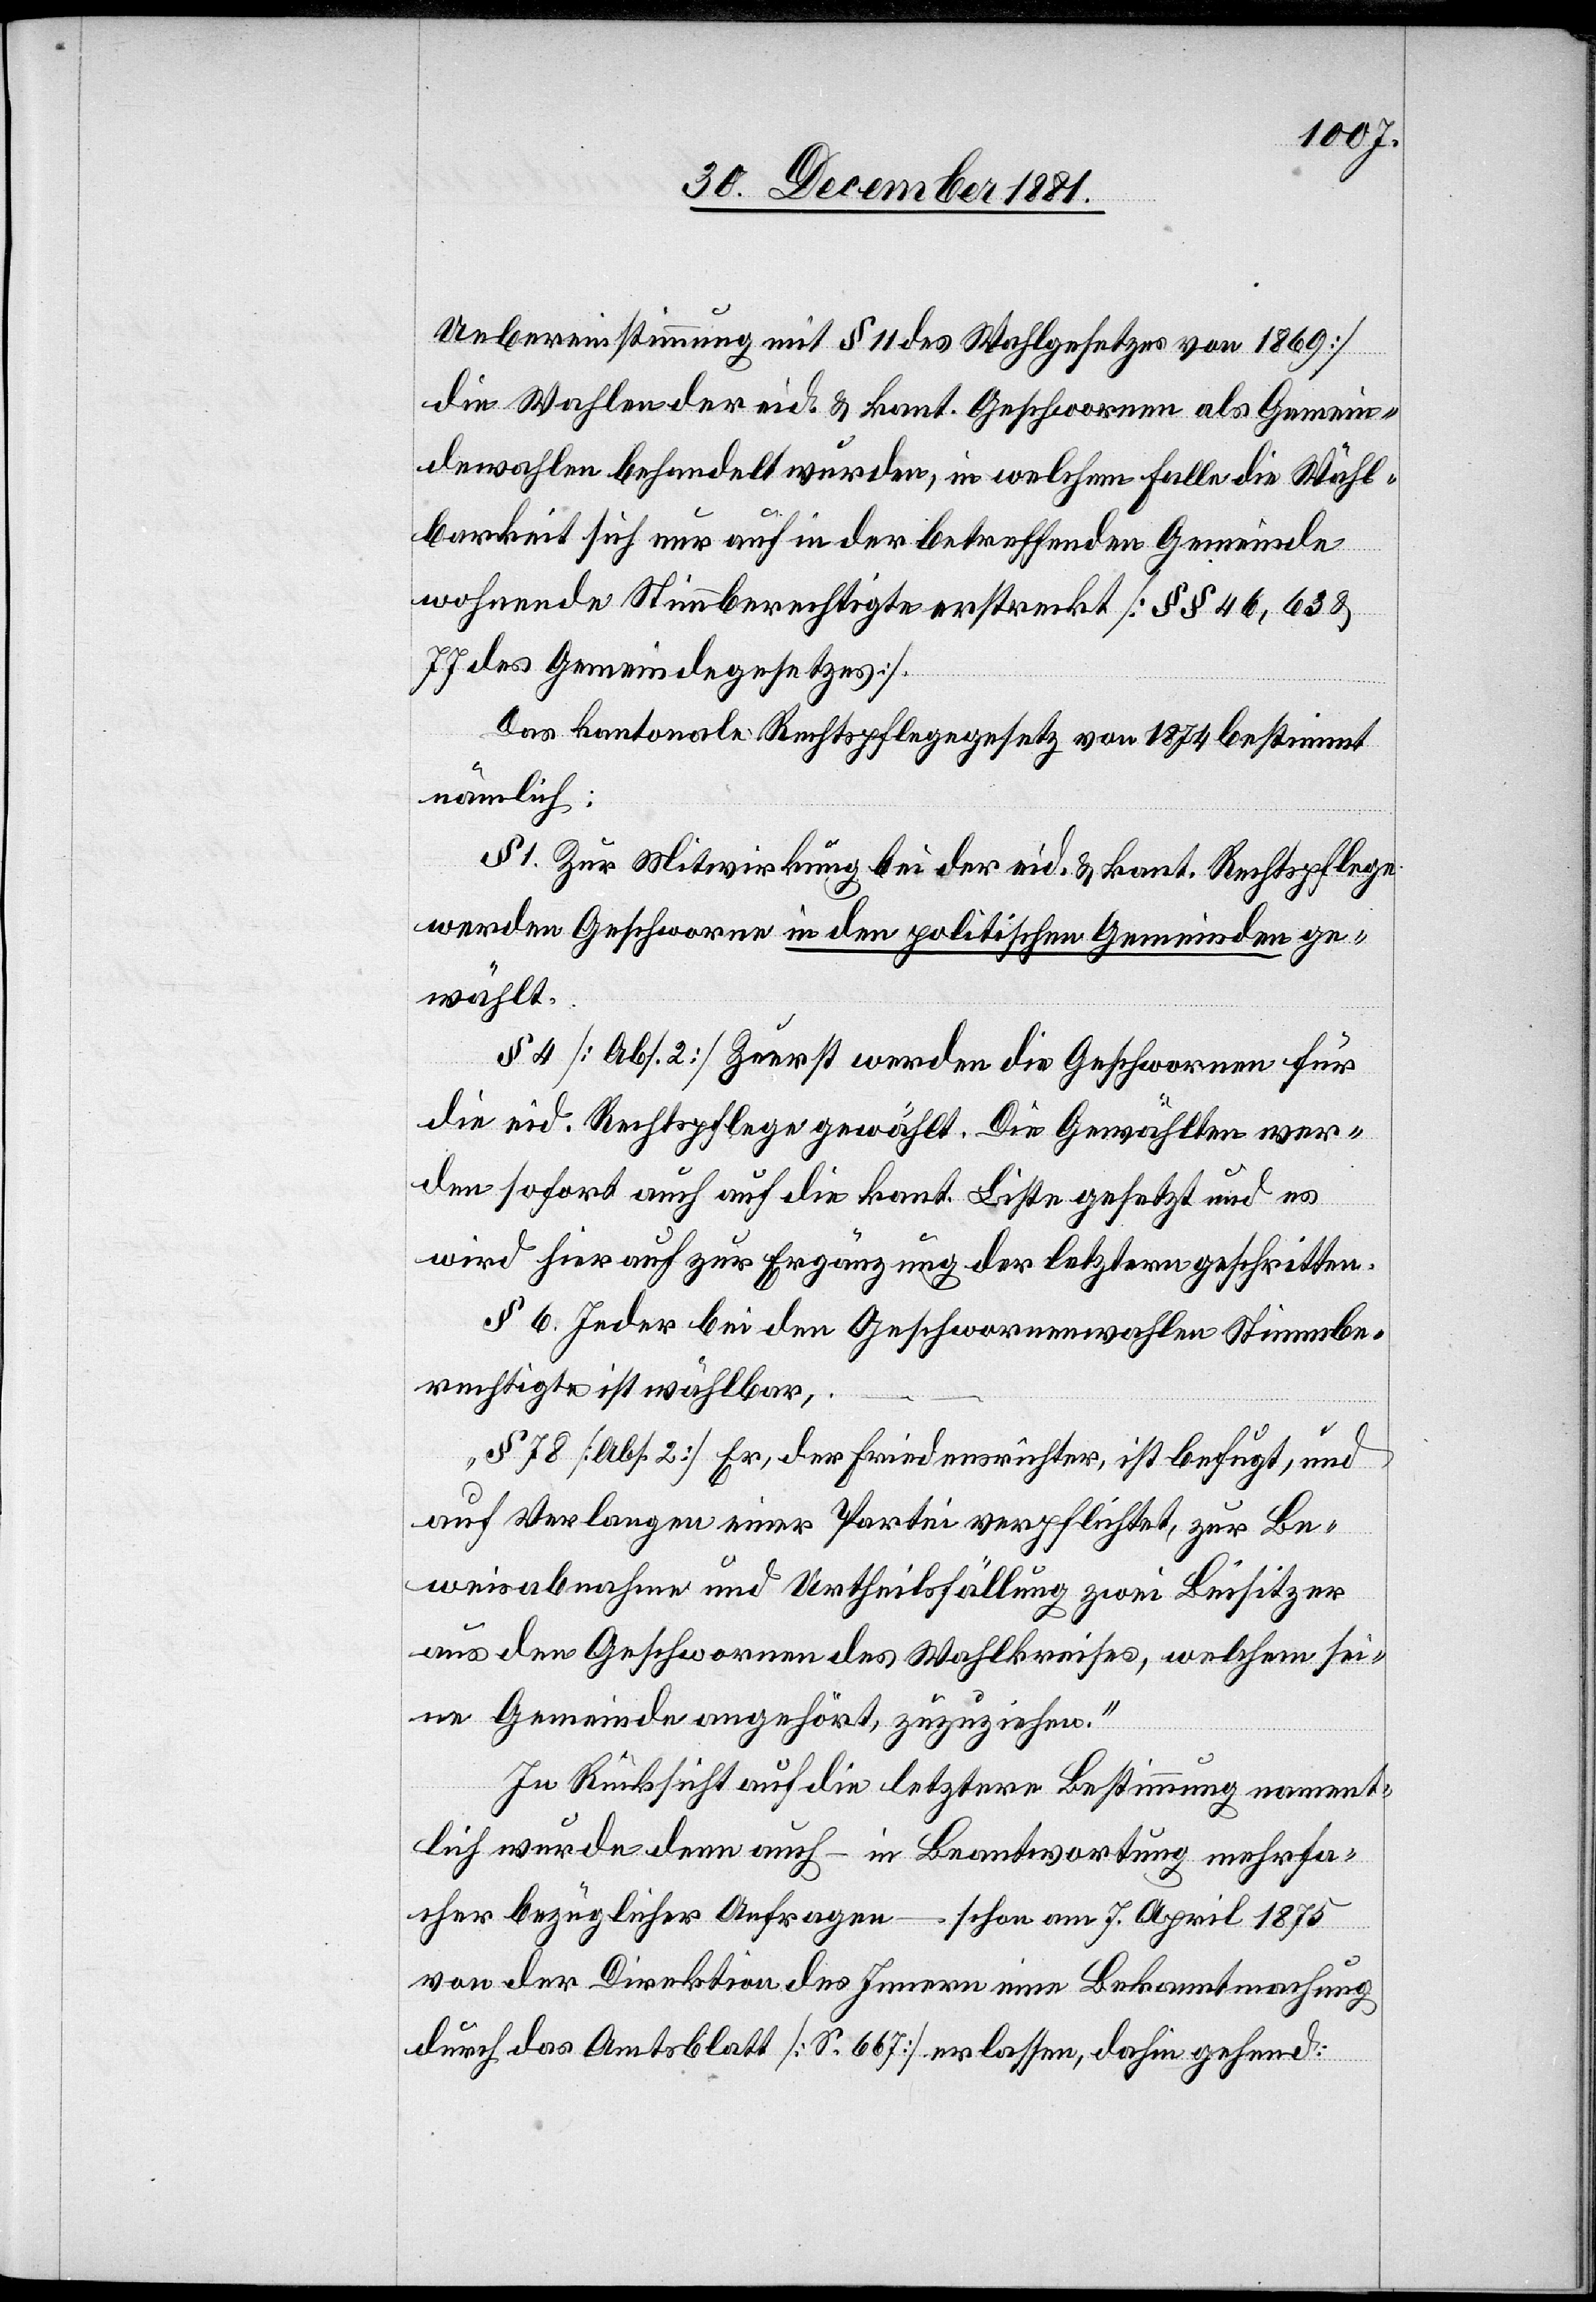
Uebereinstimmung mit § 11 des Wahlgesetzes von 1869]
die Wahlen der eid. & kant. Geschwornen als Gemein¬
dewahlen behandelt wurden, in welchem Falle die Wähl¬
barkeit sich nur auf in der betreffenden Gemeinde
wohnende Stimmberechtigte erstreckt [§§ 46, 63 &
77 des Gemeindegesetzes].
Das kantonale Rechtspflegegesetz von 1874 bestimmt
nämlich:
§ 1. Zur Mitwirkung bei der eid. & kant. Rechtspflege
werden Geschworne in den politischen Gemeinden ge¬
wählt.
§ 4 [Abs. 2] Zuerst werden die Geschwornen für
die eid. Rechtspflege gewählt. Die Gewählten wer¬
den sofort auch auf die kant. Liste gesetzt und es
wird hierauf zur Ergänzung der letztern geschritten.
§ 6. Jeder bei den Geschwornenwahlen Stimmbe¬
rechtigte ist wählbar,
§ 78 [Abs. 2]. Er, der Friedensrichter, ist befugt, und
auf Verlangen einer Partei verpflichtet, zur Be¬
weisabnahme und Urtheilsfällung zwei Beisitzer
aus den Geschwornen des Wahlkreises, welchem sei¬
ne Gemeinde angehört, zuzuziehen.
In Rücksicht auf die letztere Bestimmung nament¬
lich wurde denn auch – in Beantwortung mehrfa¬
cher bezüglicher Anfragen – schon am 7. April 1875
von der Direktion des Innern eine Bekanntmachung
durch das Amtsblatt [S. 667] erlassen, dahin gehend: